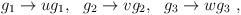
LaTeX: \begin{align*}g_1\rightarrow ug_1,~~g_2\rightarrow vg_2,~~g_3\rightarrow wg_3 \ ,\end{align*}